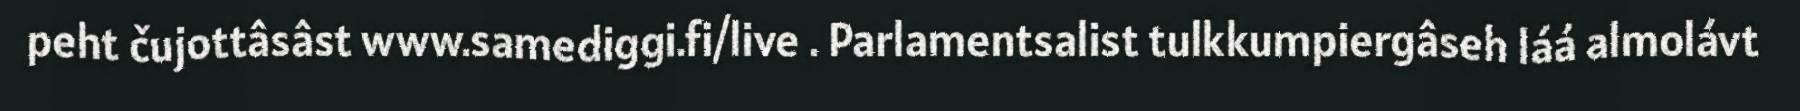
peht čujottâsâst www.samediggi.fi/live . Parlamentsalist tulkkumpiergâseh láá almolávt